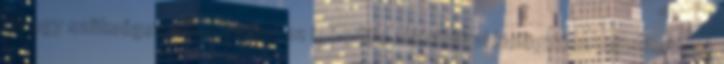
Ha egy szükséges változtatást az igénylője aláírásával kielégítően teljesítettnek